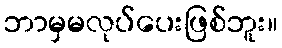
ဘာမှမလုပ်ပေးဖြစ်ဘူး။